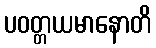
ပဝတ္တယမာနောတိ